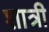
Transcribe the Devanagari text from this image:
शात्री